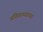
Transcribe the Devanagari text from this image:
प्रतिगाम्यांच्या